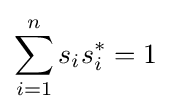
\sum _{i=1}^{n}s_{i}s_{i}^{*}=1